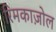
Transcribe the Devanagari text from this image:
रिमकाज़ोल